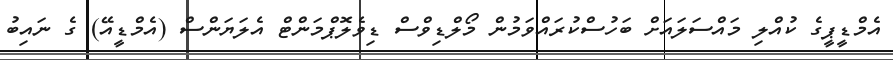
އެމްޑީޕީގެ ކުއްލި މައްސަލައަށް ބަހުސްކުރައްވަމުން މޯލްޑިވްސް ޑިވެލޮޕްމަންޓް އެލަޔަންސް (އެމްޑީއޭ) ގެ ނައިބު